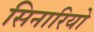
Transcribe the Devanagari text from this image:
सिनारियो